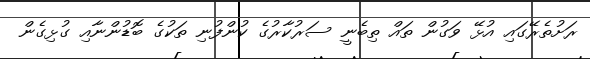
ރަށުތެރޭގައި އުޅޭ ވަގުން ތައް ތިބެނީ ސަރުކާރުގެ ކުންފުނި ތަކުގެ ބޮޑުންނާއި ގުޅިގެން